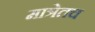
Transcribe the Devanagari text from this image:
मात्रेतच